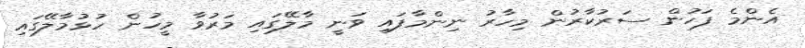
އެންމެ ފަހުން ސަރުކާރުން މިހާރު ނިންމާފައި ވަނީ މާލޭގައި މަރުވާ މީހުން ހުޅުމާލޭގައި